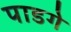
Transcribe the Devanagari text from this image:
पाडगे